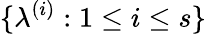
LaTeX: \{ \lambda^{(i)}:1\le i\le s\}